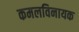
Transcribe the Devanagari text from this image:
कमलविनायक